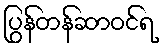
ပြွန်တန်ဆာဝင်ရ